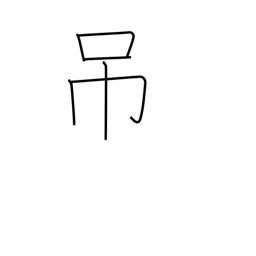
Meaning: hang